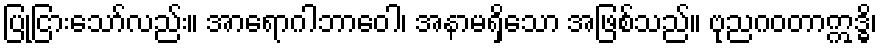
ပြုငြားသော်လည်း။ အာရောဂါဘာဝေါ၊ အနာမရှိသော အဖြစ်သည်။ ဗုညဂဝတာဣဒ္ဓိ၊